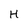
Character: H